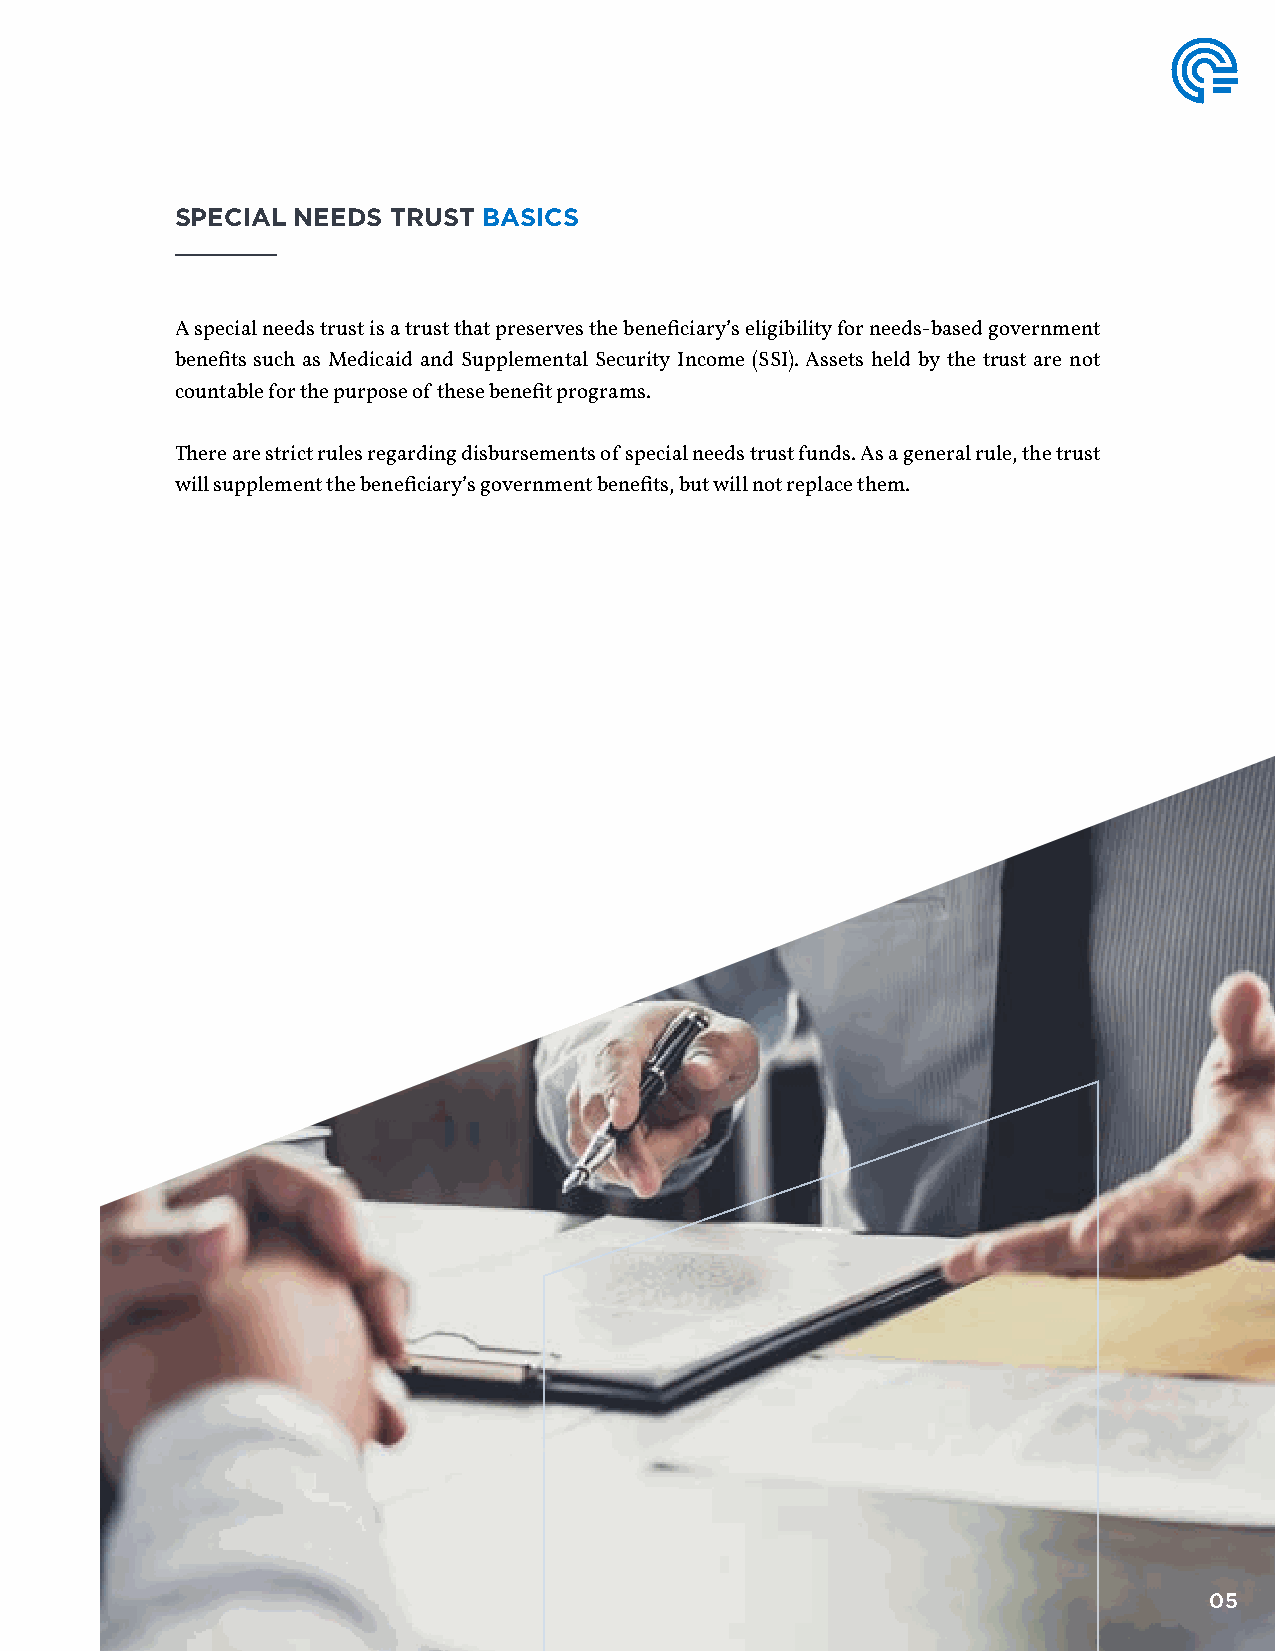
SPECIAL NEEDS TRUST BASICS
 A special needs trust is a trust that preserves the beneficiary’s eligibility for needs-based government
 benefits such as Medicaid and Supplemental Security Income (SSI). Assets held by the trust are not
 countable for the purpose of these benefit programs.
 There are strict rules regarding disbursements of special needs trust funds. As a general rule, the trust
 will supplement the beneficiary’s government benefits, but will not replace them.
 05